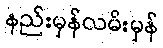
နည်းမှန်လမ်းမှန်